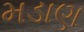
મડાણ